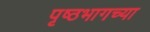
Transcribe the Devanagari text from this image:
पृष्ठभागच्या